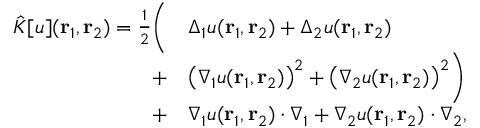
\begin{array} { r l } { \hat { K } [ u ] ( { \mathbf { r } _ { 1 } } , { \mathbf { r } _ { 2 } } ) = \frac { 1 } { 2 } \bigg ( } & { \Delta _ { 1 } u ( { \mathbf { r } _ { 1 } } , { \mathbf { r } _ { 2 } } ) + \Delta _ { 2 } u ( { \mathbf { r } _ { 1 } } , { \mathbf { r } _ { 2 } } ) } \\ { + } & { \big ( \nabla _ { 1 } u ( { \mathbf { r } _ { 1 } } , { \mathbf { r } _ { 2 } } ) \big ) ^ { 2 } + \big ( \nabla _ { 2 } u ( { \mathbf { r } _ { 1 } } , { \mathbf { r } _ { 2 } } ) \big ) ^ { 2 } \bigg ) } \\ { + } & { \nabla _ { 1 } u ( { \mathbf { r } _ { 1 } } , { \mathbf { r } _ { 2 } } ) \cdot \nabla _ { 1 } + \nabla _ { 2 } u ( { \mathbf { r } _ { 1 } } , { \mathbf { r } _ { 2 } } ) \cdot \nabla _ { 2 } , } \end{array}